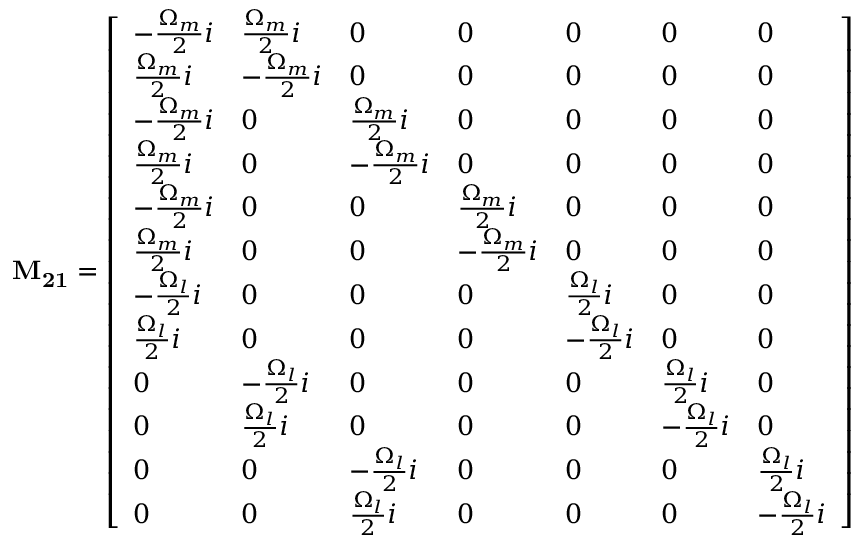
\mathbf { M _ { 2 1 } } = \left[ \begin{array} { l l l l l l l } { - \frac { \Omega _ { m } } { 2 } i } & { \frac { \Omega _ { m } } { 2 } i } & { 0 } & { 0 } & { 0 } & { 0 } & { 0 } \\ { \frac { \Omega _ { m } } { 2 } i } & { - \frac { \Omega _ { m } } { 2 } i } & { 0 } & { 0 } & { 0 } & { 0 } & { 0 } \\ { - \frac { \Omega _ { m } } { 2 } i } & { 0 } & { \frac { \Omega _ { m } } { 2 } i } & { 0 } & { 0 } & { 0 } & { 0 } \\ { \frac { \Omega _ { m } } { 2 } i } & { 0 } & { - \frac { \Omega _ { m } } { 2 } i } & { 0 } & { 0 } & { 0 } & { 0 } \\ { - \frac { \Omega _ { m } } { 2 } i } & { 0 } & { 0 } & { \frac { \Omega _ { m } } { 2 } i } & { 0 } & { 0 } & { 0 } \\ { \frac { \Omega _ { m } } { 2 } i } & { 0 } & { 0 } & { - \frac { \Omega _ { m } } { 2 } i } & { 0 } & { 0 } & { 0 } \\ { - \frac { \Omega _ { l } } { 2 } i } & { 0 } & { 0 } & { 0 } & { \frac { \Omega _ { l } } { 2 } i } & { 0 } & { 0 } \\ { \frac { \Omega _ { l } } { 2 } i } & { 0 } & { 0 } & { 0 } & { - \frac { \Omega _ { l } } { 2 } i } & { 0 } & { 0 } \\ { 0 } & { - \frac { \Omega _ { l } } { 2 } i } & { 0 } & { 0 } & { 0 } & { \frac { \Omega _ { l } } { 2 } i } & { 0 } \\ { 0 } & { \frac { \Omega _ { l } } { 2 } i } & { 0 } & { 0 } & { 0 } & { - \frac { \Omega _ { l } } { 2 } i } & { 0 } \\ { 0 } & { 0 } & { - \frac { \Omega _ { l } } { 2 } i } & { 0 } & { 0 } & { 0 } & { \frac { \Omega _ { l } } { 2 } i } \\ { 0 } & { 0 } & { \frac { \Omega _ { l } } { 2 } i } & { 0 } & { 0 } & { 0 } & { - \frac { \Omega _ { l } } { 2 } i } \end{array} \right]